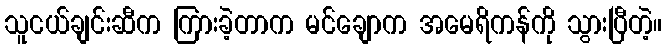
သူငယ်ချင်းဆီက ကြားခဲ့တာက မင်ချောက အမေရိကန်ကို သွားပြီတဲ့။